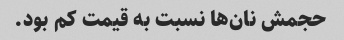
حجمش نان‌ها نسبت به قیمت کم بود.